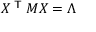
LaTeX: X ^ { \textsf { T } } M X = \Lambda